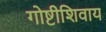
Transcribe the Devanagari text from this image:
गोष्टीशिवाय